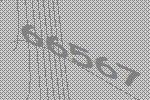
66567